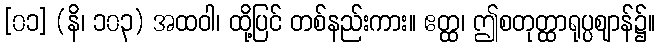
[၀၁] (နိ၊ ၁၀၃) အထဝါ၊ ထို့ပြင် တစ်နည်းကား။ ဧတ္ထ၊ ဤစတုတ္ထာရုပ္ပဈာန်၌။